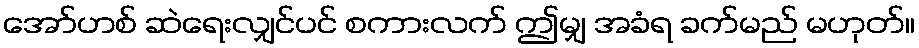
အော်ဟစ် ဆဲရေးလျှင်ပင် စကားလက် ဤမျှ အခံရ ခက်မည် မဟုတ်။